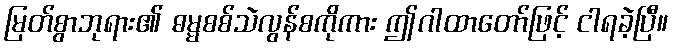
မြတ်စွာဘုရား၏ ဓမ္မစစ်သဲလွန်စကိုကား ဤဂါထာတော်ဖြင့် ငါရခဲ့ပြီ။